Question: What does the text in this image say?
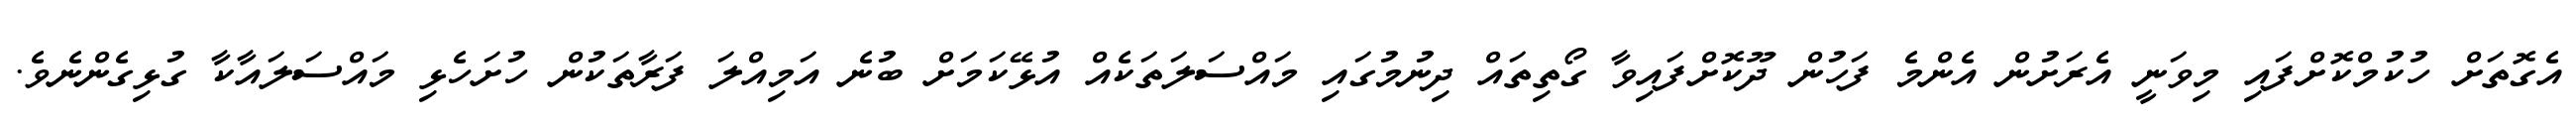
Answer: އެގޮތަށް ހުކުމްކޮށްފައި މިވަނީ އެރަށުން އެންމެ ފަހުން ދޫކޮށްފައިވާ ގޯތިތައް ދިނުމުގައި މައްސަލަތަކެއް އުޅޭކަމަށް ބުނެ އަމިއްލަ ފަރާތަކުން ހުށަހެޅި މައްސަލައާކާ ގުޅިގެންނެވެ.